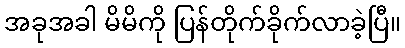
အခုအခါ မိမိကို ပြန်တိုက်ခိုက်လာခဲ့ပြီ။